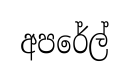
අපරේල්